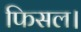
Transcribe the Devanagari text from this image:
फिसल।